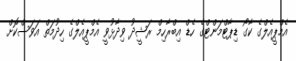
އެމްޕީއެލްގެ ކާގޯ ޑިޕާޓްމަންޓްގެ ހެޑް އިބްރާހިމް ރަޝީދު ވިދާޅުވީ އެމްޕީއެލްގެ ހިދުމަތް އަވަސްކޮށް